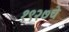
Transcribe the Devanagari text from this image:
१९२७चे